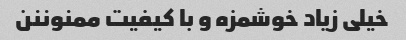
خیلی زیاد خوشمزه و با کیفیت ممنوننن